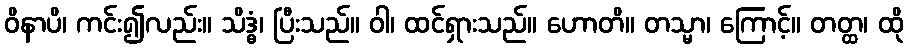
ဝိနာပိ၊ ကင်း၍လည်း။ သိဒ္ဓံ၊ ပြီးသည်။ ဝါ၊ ထင်ရှားသည်။ ဟောတိ။ တသ္မာ၊ ကြောင့်။ တတ္ထ၊ ထို